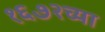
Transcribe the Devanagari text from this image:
१६७२च्या